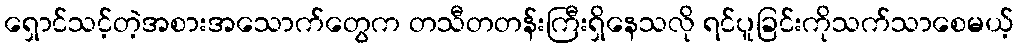
ရှောင်သင့်တဲ့အစားအသောက်တွေက တသီတတန်းကြီးရှိနေသလို ရင်ပူခြင်းကိုသက်သာစေမယ့်